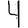
Digit: 4